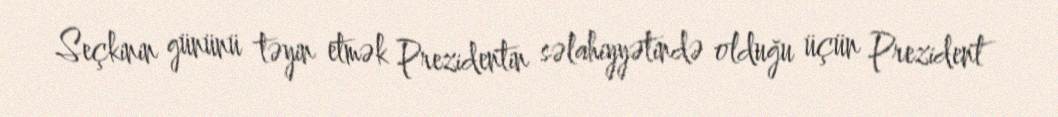
Seçkinin gününü təyin etmək Prezidentin səlahiyyətində olduğu üçün Prezident